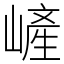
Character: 嵼